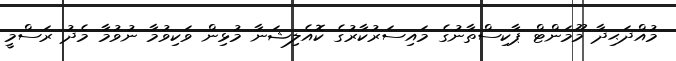
މުއްދަޙިދާ މޫމަންޓް ޕާކިސްތާނުގެ މައިސަރުކާރުގެ ކޮއެލިޝަނާ މުޅިން ވަކިވުމާ ނުވުމާ މެދު ރަސްމީ